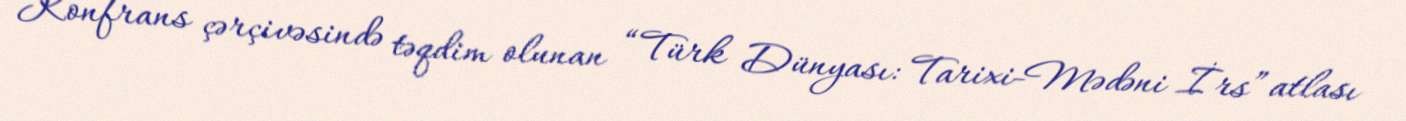
Konfrans çərçivəsində təqdim olunan “Türk Dünyası: Tarixi-Mədəni İrs” atlası